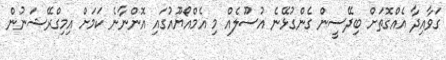
ގަވާއިދާ އެއްގޮތަށް ބިދޭސީން ގެންގުޅޭނެ އުސޫލެއް މި އެމްއޯޔޫއުގައި އޮންނާނެ ކަމަށް އިމިގްރޭޝަނުން